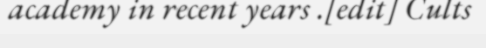
academy in recent years .[edit] Cults